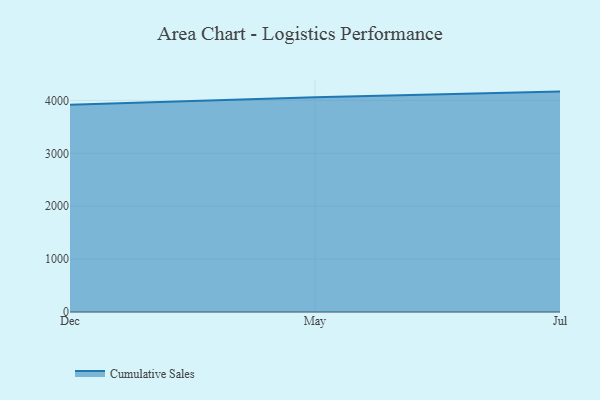
{"axis": {"x": "Month", "y": "Backlog"}, "legend": ["Cumulative Sales"], "data": [{"x": "Dec", "y": 3917.1, "type": "Cumulative Sales"}, {"x": "May", "y": 4059.4, "type": "Cumulative Sales"}, {"x": "Jul", "y": 4167.0, "type": "Cumulative Sales"}]}